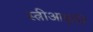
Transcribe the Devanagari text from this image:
स्त्रीआकृति